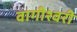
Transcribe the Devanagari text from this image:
वागीश्‍वरी